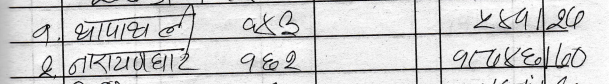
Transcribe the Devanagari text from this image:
१. थापाथली ९४३ २४१/२६
२. नारायणघाट ९६२ ९०७/१००